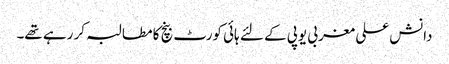
دانش علی مغربی یوپی کے لئے ہائی کورٹ بنچ کا مطالبہ کر رہے تھے۔